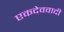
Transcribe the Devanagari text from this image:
एकदेववादी